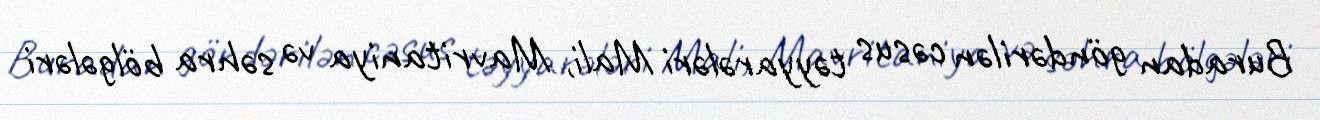
Buradan göndərilən cəsus təyyarələri Mali, Mavritaniya və səhra bölgələri